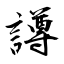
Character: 譐